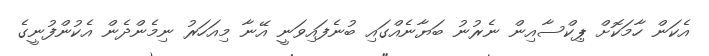
އެކަން ހާމަކޮށް ޕިކްސާއިން ނެރުނު ބަޔާނެއްގައި ބުނެފައިވަނީ އޭނާ މިއަހަރު ނިމެންދެން އެކުންފުނީގެ